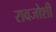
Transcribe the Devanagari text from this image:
रावजोशी